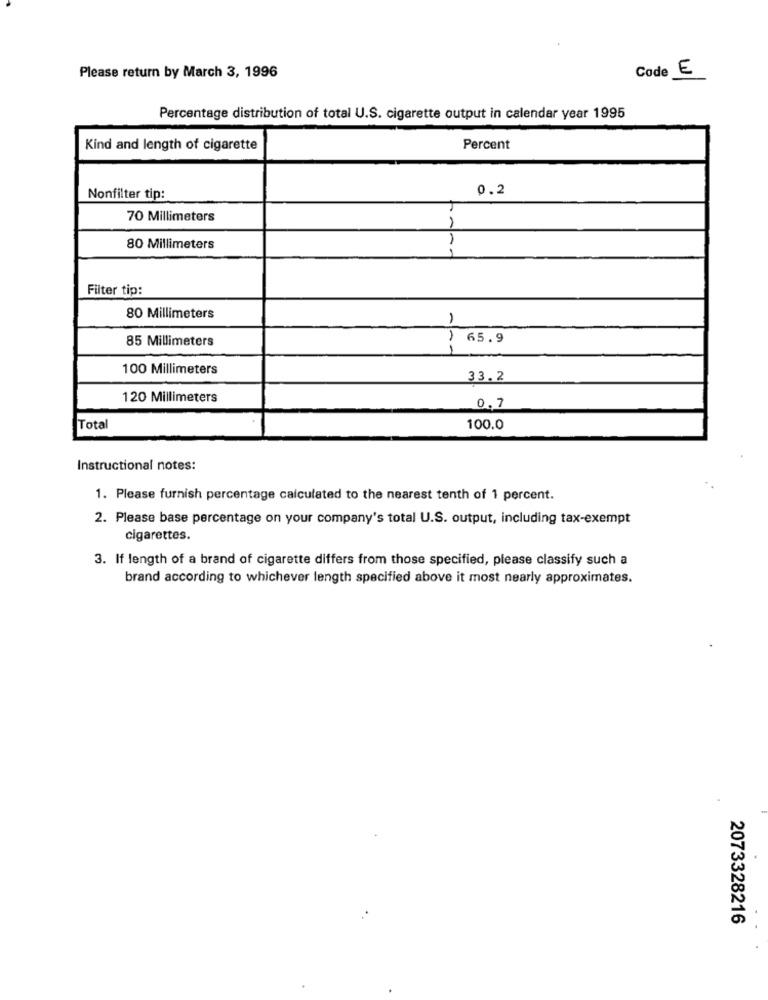
Please return by March 3, 1996
Code E
Percentage distribution of total U.S. cigarette output in calendar year 1995
Kind and length of cigarette
Percent
0.2
Nonfilter tip:
70 Millimeters
80 Millimeters
Filter tip:
80 Millimeters
85 Millimeters
65.9
100 Millimeters
33.2
120 Millimeters
0.7
Total
100.0
Instructional notes:
1. Please furnish percentage calculated to the nearest tenth of 1 percent.
2. Please base percentage on your company's total U.S. output, including tax-exempt
cigarettes.
3. If length of a brand of cigarette differs from those specified, please classify such a
brand according to whichever length specified above it most nearly approximates.
2073328216